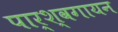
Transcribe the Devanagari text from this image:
पार्श्‍वगायन